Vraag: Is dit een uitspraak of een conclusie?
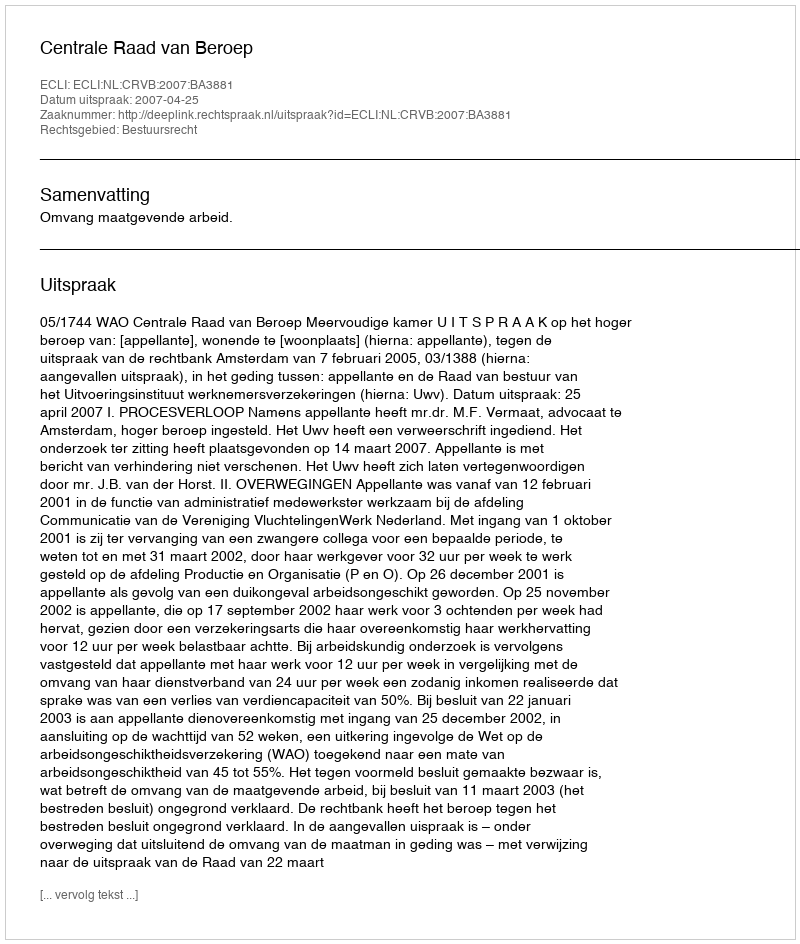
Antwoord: Uitspraak